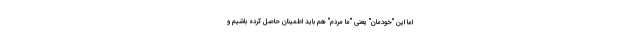
اما این "خودمان" یعنی "ما مردم" هم باید اطمینان حاصل کرده باشیم و